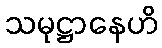
သမုဋ္ဌာနေဟိ